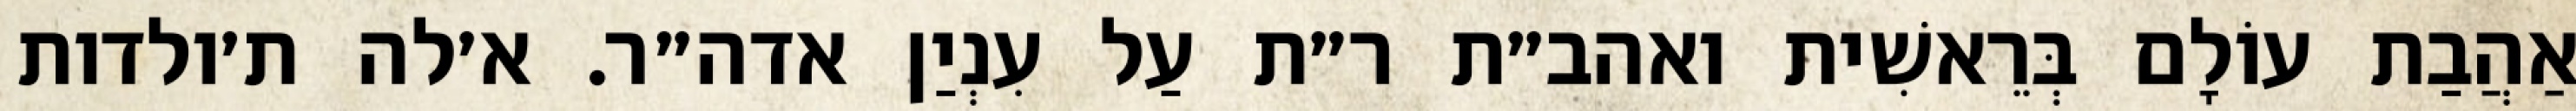
אַהֲבַת עוֹלָם בְּרֵאשִׁית ואהב״ת ר״ת עַל עִנְיַן אדה״ר. א׳לה ת׳ולדות